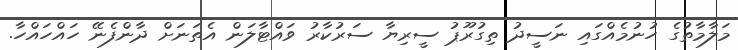
މަލާމާތުގެ ހުނުމެއްގައި ނަސީދު ތިގުރޫޕު ސީރިޔާ ސަރުކާރު ވައްޓާލަން އެތަނަށް ދާންފެނޭ ހައްހައްހާ.